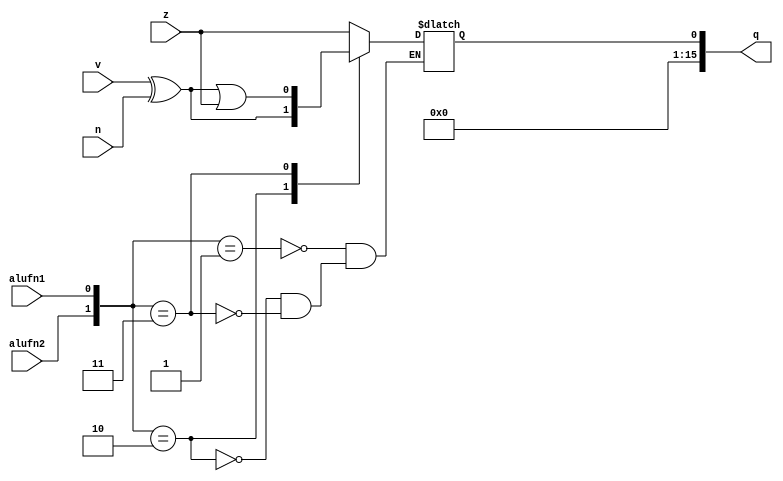
/*
   This file was generated automatically by Alchitry Labs version 1.2.1.
   Do not edit this file directly. Instead edit the original Lucid source.
   This is a temporary file and any changes made to it will be destroyed.
*/

module alu_cmp_17 (
    input alufn2,
    input alufn1,
    input z,
    input v,
    input n,
    output reg [15:0] q
  );
  
  
  
  reg p;
  
  reg r;
  
  always @* begin
    p = v ^ n;
    r = p | z;
    
    case ({alufn2, alufn1})
      2'h1: begin
        q[0+0-:1] = z;
      end
      2'h2: begin
        q[0+0-:1] = p;
      end
      2'h3: begin
        q[0+0-:1] = r;
      end
    endcase
    q[1+14-:15] = 1'h0;
  end
endmodule